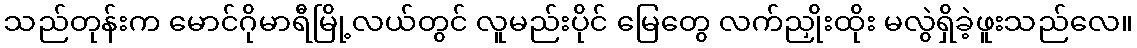
သည်တုန်းက မောင်ဂိုမာရီမြို့လယ်တွင် လူမည်းပိုင် မြေတွေ လက်ညှိုးထိုး မလွဲရှိခဲ့ဖူးသည်လေ။